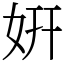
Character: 姸